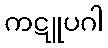
ကဋူပဂါ